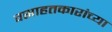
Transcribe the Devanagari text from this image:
वसाहतकारांच्या